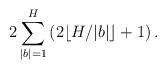
LaTeX: \begin{align*}2\sum\limits_{|b|=1}^{H}\left(2\lfloor H/|b| \rfloor+1\right).\end{align*}